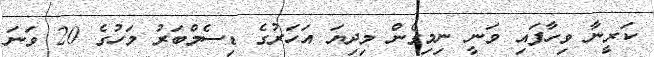
ކަރީނާ ވިހާފައި ވަނީ ނިމިގެން މިދިޔަ އަހަރުގެ ޑިސެމްބަރު މަހުގެ 20 ވަނަ